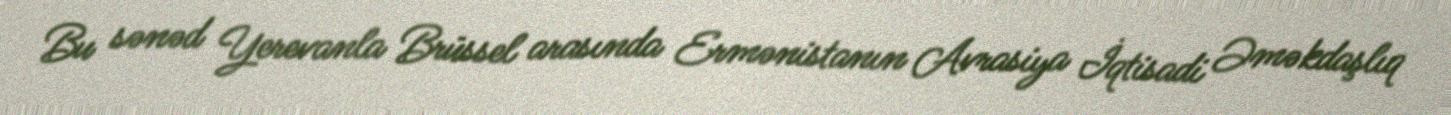
Bu sənəd Yerevanla Brüssel arasında Ermənistanın Avrasiya İqtisadi Əməkdaşlıq